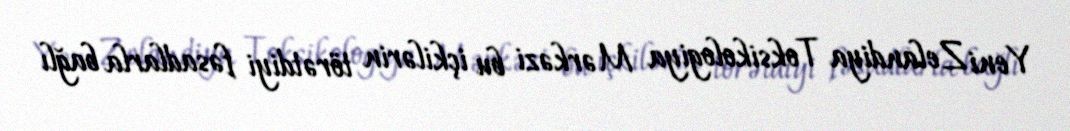
Yeni Zelandiya Toksikologiya Mərkəzi bu içkilərin törətdiyi fəsadlarla bağlı